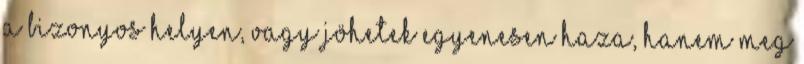
a bizonyos helyen, vagy jöhetek egyenesen haza, hanem meg